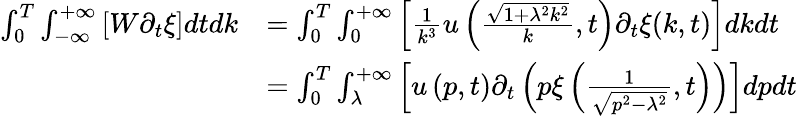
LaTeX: \begin{array}{rl}{\int_{0}^{T}\int_{-\infty}^{+\infty}\left[W\partial_{t}\xi\right]dtdk}&{=\int_{0}^{T}\int_{0}^{+\infty}\left[\frac{1}{k^{3}}u\left(\frac{\sqrt{1+\lambda^{2}k^{2}}}{k},t\right)\partial_{t}\xi(k,t)\right]dkdt}\\ &{=\int_{0}^{T}\int_{\lambda}^{+\infty}\left[u\left(p,t\right)\partial_{t}\left(p\xi\left(\frac{1}{\sqrt{p^{2}-\lambda^{2}}},t\right)\right)\right]dpdt}\end{array}